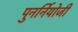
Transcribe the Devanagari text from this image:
पुनर्नियोजी